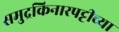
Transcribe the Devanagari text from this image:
समुद्रकिनारपट्टीच्या